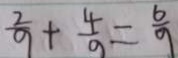
\frac { 2 } { 9 } + \frac { 4 } { 9 } = \frac { 6 } { 9 }